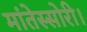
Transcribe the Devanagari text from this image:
मांतेस्सोरी।